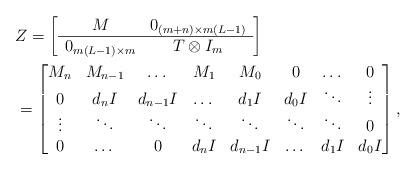
LaTeX: \begin{align*}&Z=\left[\begin{array}{cc}M&0_{(m+n)\times m(L-1)}\\\hline0_{m(L-1)\times m}&T\otimes I_m\end{array}\right]\\&=\begin{bmatrix}M_n&M_{n-1}&\dots&M_1&M_0&0&\dots&0\\0&d_nI&d_{n-1}I&\dots&d_1I&d_0I&\ddots&\vdots\\\vdots&\ddots&\ddots&\ddots&\ddots&\ddots&\ddots&0\\0&\dots&0&d_nI&d_{n-1}I&\dots&d_1I&d_0I\end{bmatrix},\end{align*}